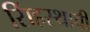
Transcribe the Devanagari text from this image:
सिंहस्थाची